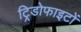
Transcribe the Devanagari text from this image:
ट्रिडोफाइटों